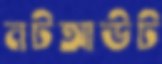
নটআউট